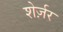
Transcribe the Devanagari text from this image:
शेर्ज़र